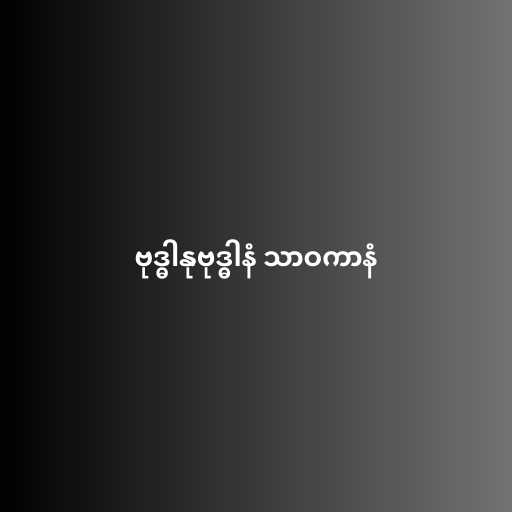
ဗုဒ္ဓါနုဗုဒ္ဓါနံ သာဝကာနံ